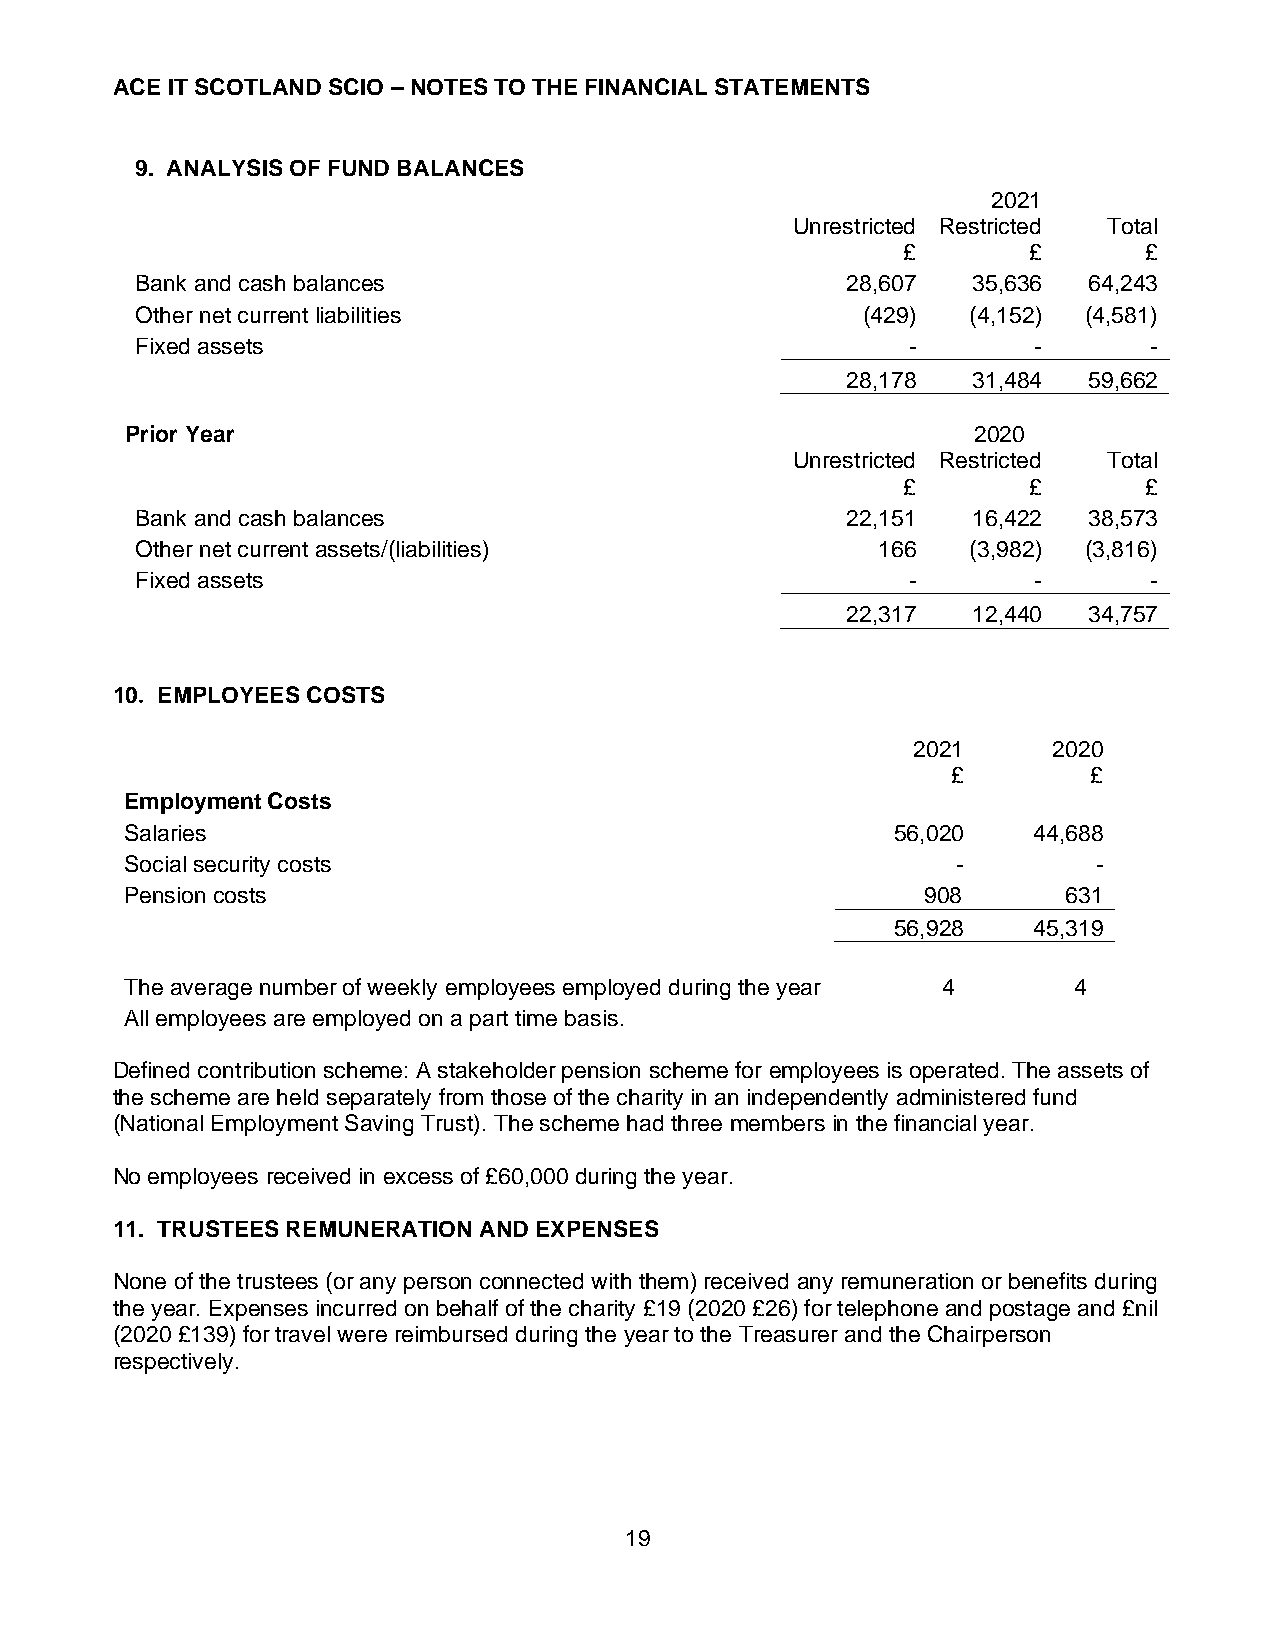
ACE IT SCOTLAND SCIO – NOTES TO THE FINANCIAL STATEMENTS
 9. ANALYSIS OF FUND BALANCES
 2021
 Unrestricted Restricted Total
 £       £       £
 Bank and cash balances                         28,607  35,636  64,243
 Other net current liabilities                   (429)  (4,152) (4,581)
 Fixed assets                                       -       -       -
 28,178  31,484  59,662
 Prior Year                                              2020
 Unrestricted Restricted Total
 £       £       £
 Bank and cash balances                         22,151  16,422  38,573
 Other net current assets/(liabilities)           166   (3,982) (3,816)
 Fixed assets                                       -       -       -
 22,317  12,440  34,757
 10. EMPLOYEES COSTS
 2021      2020
 £        £
 Employment Costs
 Salaries                                           56,020   44,688
 Social security costs                                  -         -
 Pension costs                                        908       631
 56,928   45,319
 The average number of weekly employees employed during the year 4 4
 All employees are employed on a part time basis.
 Defined contribution scheme: A stakeholder pension scheme for employees is operated. The assets of
 the scheme are held separately from those of the charity in an independently administered fund
 (National Employment Saving Trust). The scheme had three members in the financial year.
 No employees received in excess of £60,000 during the year.
 11. TRUSTEES REMUNERATION AND EXPENSES
 None of the trustees (or any person connected with them) received any remuneration or benefits during
 the year. Expenses incurred on behalf of the charity £19 (2020 £26) for telephone and postage and £nil
 (2020 £139) for travel were reimbursed during the year to the Treasurer and the Chairperson
 respectively.
 19